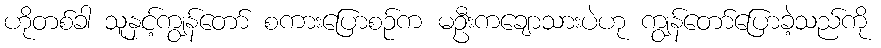
ဟိုတစ်ခါ သူနှင့်ကျွန်တော် စကားပြောစဉ်က မဦးကချောသားပဲဟု ကျွန်တော်ပြောခဲ့သည်ကို